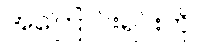
အကြောင်းရင်းကို